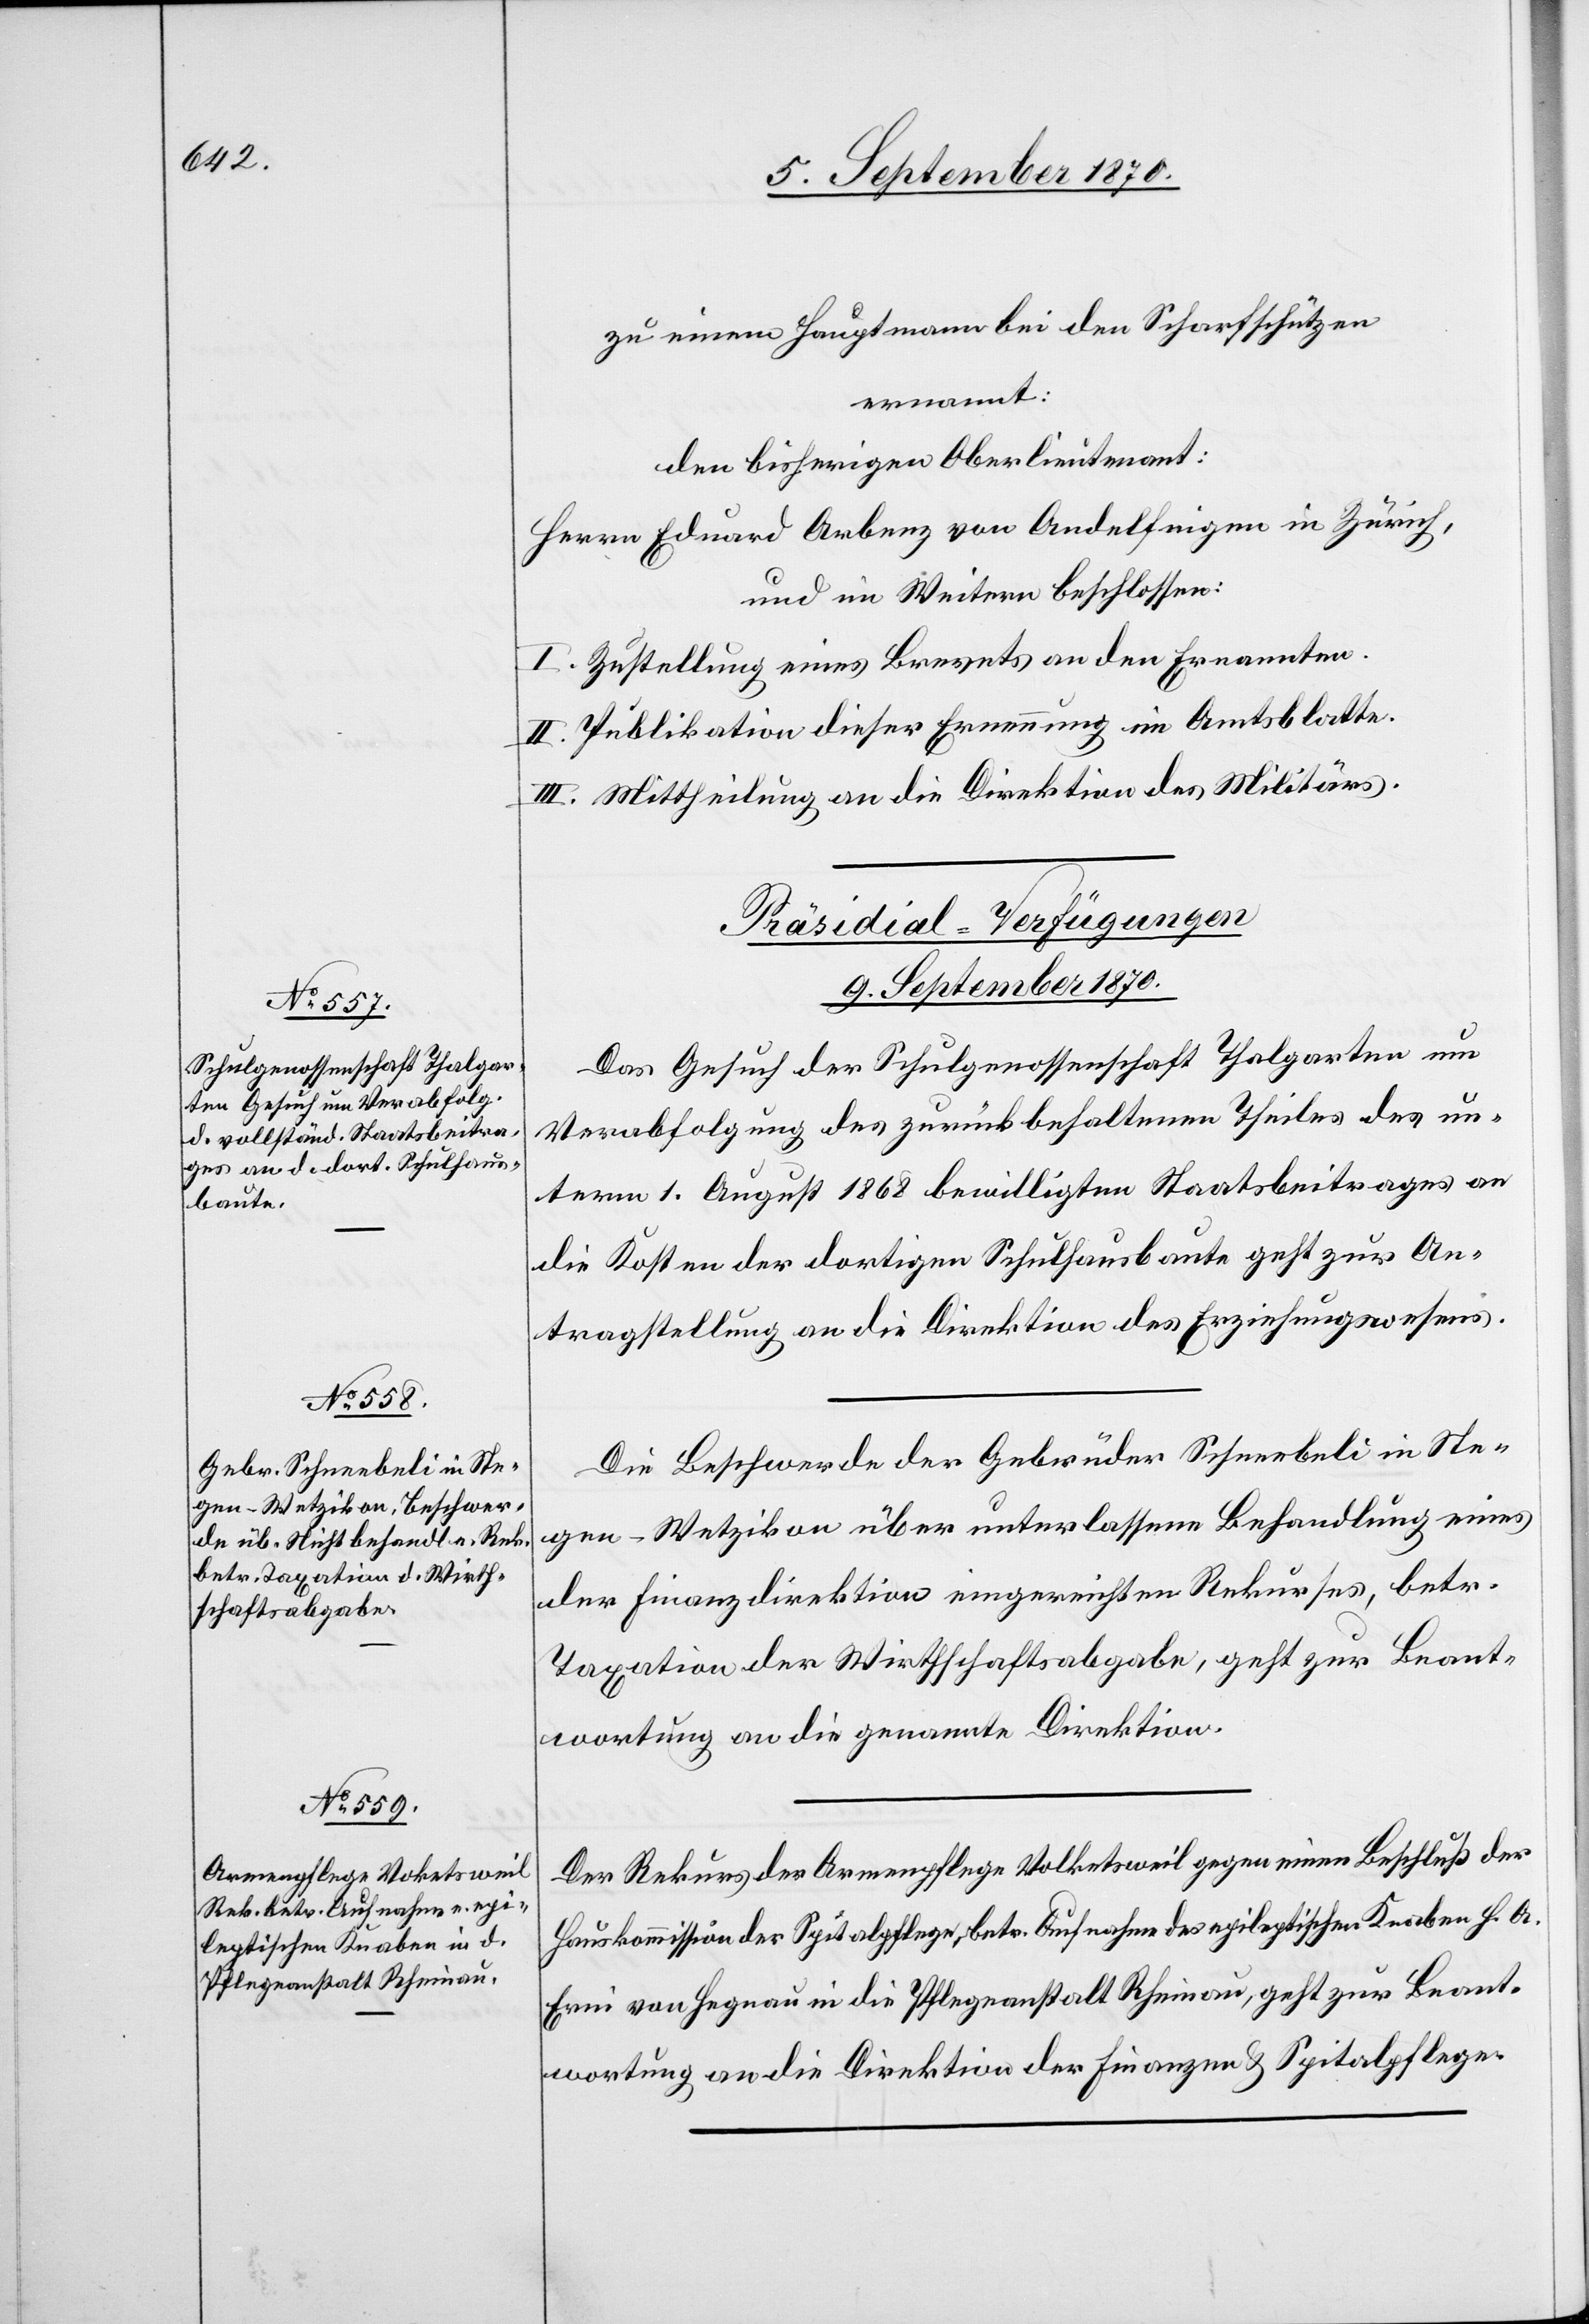
zu einem Hauptmann bei den Scharfschützen
ernannt:
den bisherigen Oberlieutenant:
Herrn Eduard Arbenz von Andelfingen in Zürich,
und im Weitern beschlossen:
I. Zustellung eines Brevets an den Ernannten.
II. Publikation dieser Ernennung im Amtsblatte.
III. Mittheilung an die Direktion des Militärs.
[Präsidial-Verfügungen
9. September 1870.]
Das Gesuch der Schulgenossenschaft Thalgarten um
Verabfolgung des zurückbehaltenen Theiles des un¬
term 1. August 1868 bewilligten Staatsbeitrages an
die Kosten der dortigen Schulhausbaute geht zur An¬
tragstellung an die Direktion des Erziehungswesens.
Die Beschwerde der Gebrüder Schneebeli in Ste¬
gen - Wetzikon über unterlassene Behandlung eines
der Finanzdirektion eingereichten Rekurses, betr.
Taxation der Wirtschaftsabgabe, geht zur Beant¬
wortung an die genannte Direktion.
Der Rekurs der Armenpflege Volketsweil gegen einen Beschluß der
Hauskommission der Spitalpflege, betr. Aufnahme des epileptischen Knaben H. A.
Erni von Hegnau in die Pflegeanstalt Rheinau, geht zur Beant¬
wortung an die Direktion der Finanzen & Spitalpflege.